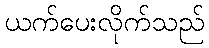
ယက်ပေးလိုက်သည်